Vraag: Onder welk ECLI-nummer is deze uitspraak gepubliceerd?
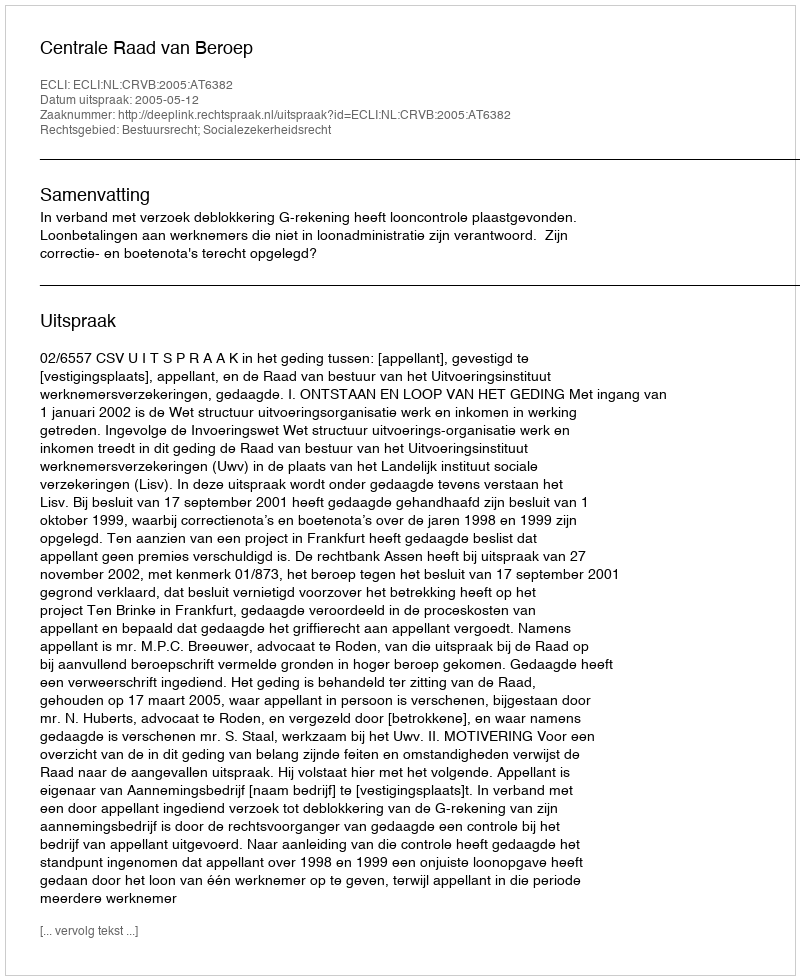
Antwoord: ECLI:NL:CRVB:2005:AT6382